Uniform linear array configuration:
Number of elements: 4
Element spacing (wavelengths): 0.25
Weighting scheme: exponential
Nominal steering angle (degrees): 60
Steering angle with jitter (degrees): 59.102
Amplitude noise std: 0.05
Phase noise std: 0.05

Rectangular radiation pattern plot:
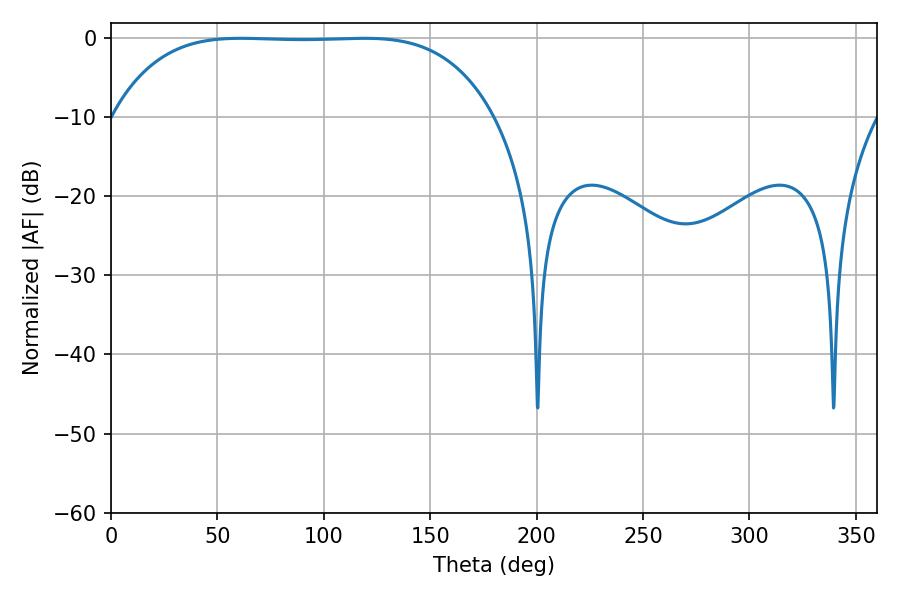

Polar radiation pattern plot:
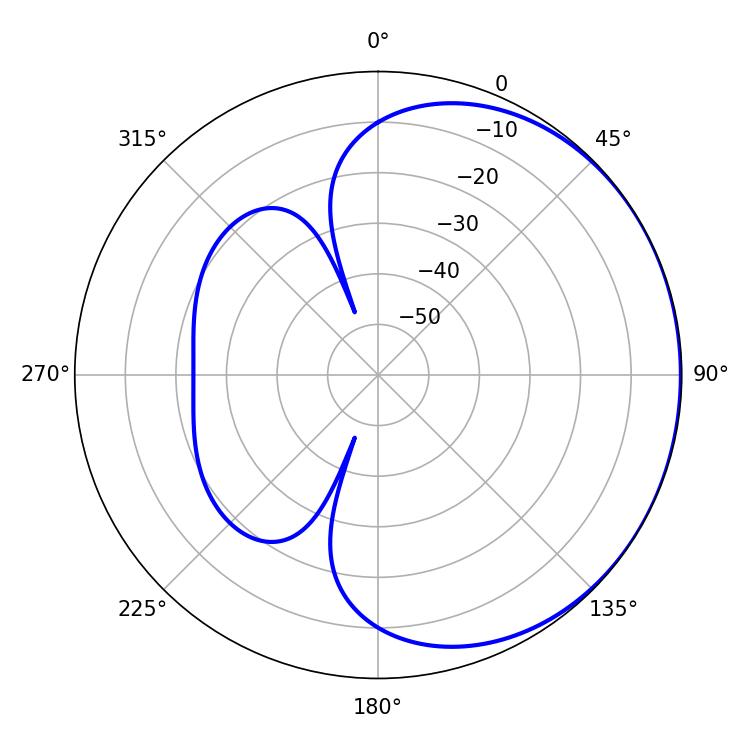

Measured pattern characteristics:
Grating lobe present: FALSE
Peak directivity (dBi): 0.5433
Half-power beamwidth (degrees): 138.24
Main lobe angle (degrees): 61.02